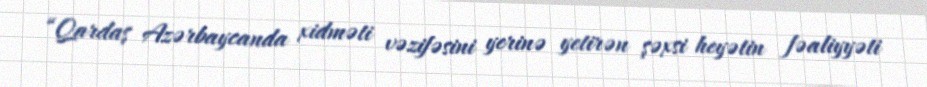
“Qardaş Azərbaycanda xidməti vəzifəsini yerinə yetirən şəxsi heyətin fəaliyyəti